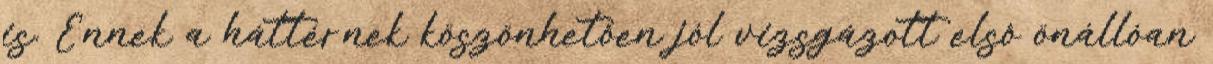
is. Ennek a háttérnek köszönhetôen jól vizsgázott elsô önállóan